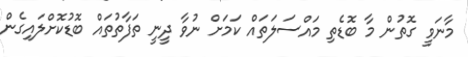
މާނަވީ ގޮތުން މާ ބޮޑެތި މައްސަލަތައް ކަމަށް ނުވާ ދީނީ ތަފާތުތައް ބޮޑުކޮށްލައިގެން